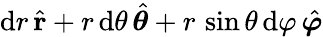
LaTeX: \mathrm{d}r\, {\hat{{\mathbf{{r}}}}}+r\, \mathrm{d}\theta\, {\hat{{\boldsymbol{\theta}}}}+r\, \sin\theta\, \mathrm{d}\varphi\, {\hat{{\boldsymbol{\varphi}}}}